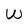
Character: W